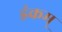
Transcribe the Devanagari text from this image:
इंकम्